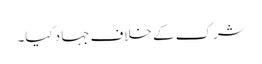
شرک کے خلاف جہاد کیا۔